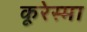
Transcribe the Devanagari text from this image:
कूरेस्मा